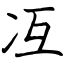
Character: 冱